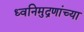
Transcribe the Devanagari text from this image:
ध्वनिमुद्रणांच्या